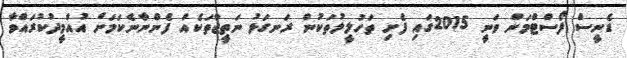
ޑެނީސް ފޯސްޓްމަން ވަނީ 2015ގައި ފެށި ތަހުލީލުތަކުން ރަނގަޅު ނަތީޖާތަކެއް ފެންނާނެކަމަށް އުއްމީދުކުރައްވާ